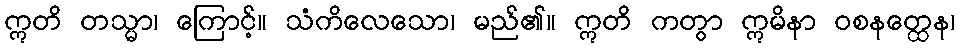
ဣတိ တသ္မာ၊ ကြောင့်။ သံကိလေသော၊ မည်၏။ ဣတိ ကတွာ ဣမိနာ ဝစနတ္ထေန၊